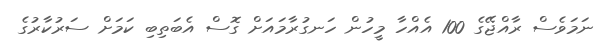
ނަމަވެސް ރާއްޖޭގެ 100 އެއްހާ މީހުން ހަނގުރާމައަށް ގޮސް އެބަތިބި ކަމަށް ސަރުކާރުގެ